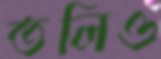
তলিও